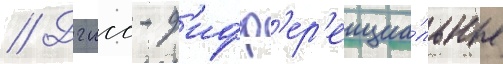
// Дгнсс - д'ифф'ер'енциа́льные